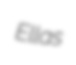
Ellas